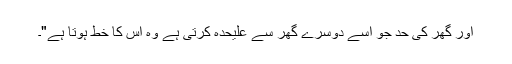
اور گھر کی حد جو اسے دوسرے گھر سے علیحدہ کرتی ہے وہ اس کا خط ہوتا ہے"۔